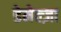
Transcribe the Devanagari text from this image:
डेमेल्ज़ा